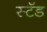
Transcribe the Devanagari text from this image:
स्‍टॅड